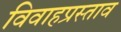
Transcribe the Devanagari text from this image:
विवाहप्रस्ताव